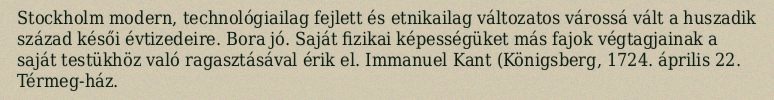
Stockholm modern, technológiailag fejlett és etnikailag változatos várossá vált a huszadik század késői évtizedeire. Bora jó. Saját fizikai képességüket más fajok végtagjainak a saját testükhöz való ragasztásával érik el. Immanuel Kant (Königsberg, 1724. április 22. Térmeg-ház.